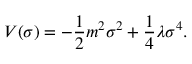
V ( \sigma ) = - \frac { 1 } { 2 } m ^ { 2 } \sigma ^ { 2 } + \frac { 1 } { 4 } \lambda \sigma ^ { 4 } .